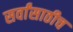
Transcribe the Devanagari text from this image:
सर्वांसाठीच